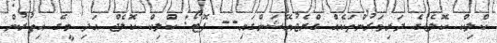
ކްލިކް ކޮލެޖުުގެ ދަރިވަރުންތަކެއް ގްރެޖުއޭޝަންގައި-- ފޮޓޯ: ކްލިކް ކޮލެޖް އަދި މީގެ އިތުރުން